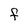
Character: f